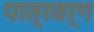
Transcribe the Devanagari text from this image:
पात्रवर्ग